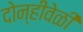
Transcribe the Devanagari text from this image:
दोन्हीवेळी